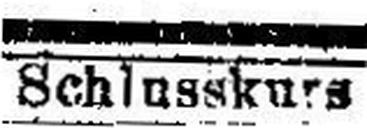
Schlusskurs